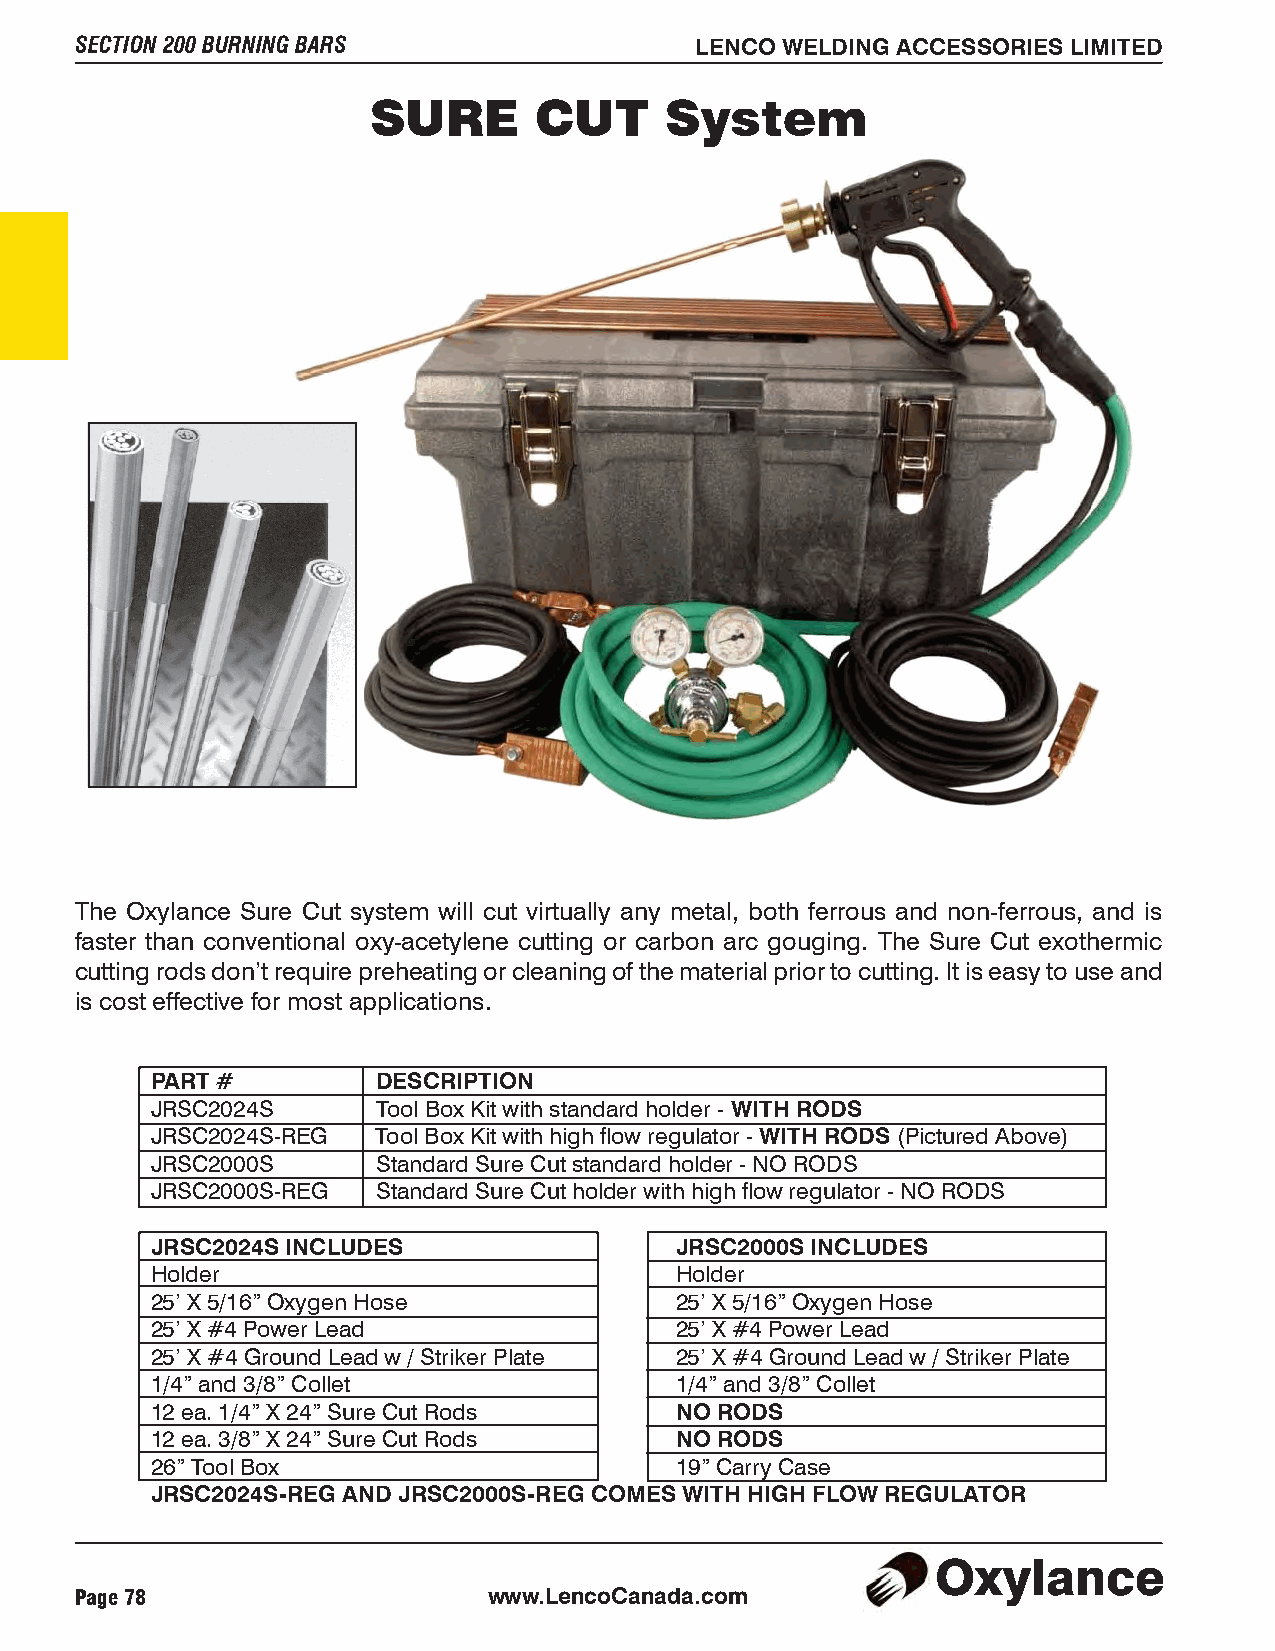
SECTION 200 BURNING BARS                 LENCO WELDING ACCESSORIES LIMITED
 SURE       CUT     System
 The Oxylance Sure Cut system will cut virtually any metal, both ferrous and non-ferrous, and is
 faster than conventional oxy-acetylene cutting or carbon arc gouging. The Sure Cut exothermic
 cutting rods don’t require preheating or cleaning of the material prior to cutting. It is easy to use and
 is cost effective for most applications.
 PART #         DESCRIPTION
 JRSC2024S      Tool Box Kit with standard holder - WITH RODS
 JRSC2024S-REG  Tool Box Kit with high flow regulator - WITH RODS (Pictured Above)
 JRSC2000S      Standard Sure Cut standard holder - NO RODS
 JRSC2000S-REG  Standard Sure Cut holder with high flow regulator - NO RODS
 JRSC2024S INCLUDES                 JRSC2000S INCLUDES
 Holder                             Holder
 25’ X 5/16” Oxygen Hose            25’ X 5/16” Oxygen Hose
 25’ X #4 Power Lead                25’ X #4 Power Lead
 25’ X #4 Ground Lead w / Striker Plate 25’ X #4 Ground Lead w / Striker Plate
 1/4” and 3/8” Collet               1/4” and 3/8” Collet
 12 ea. 1/4” X 24” Sure Cut Rods    NO RODS
 12 ea. 3/8” X 24” Sure Cut Rods    NO RODS
 26” Tool Box                       19” Carry Case
 JRSC2024S-REG AND JRSC2000S-REG COMES WITH HIGH FLOW REGULATOR
 Oxylance
 Page 78                    www.LencoCanada.com